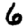
Digit: 6